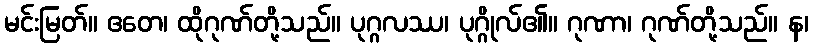
မင်းမြတ်။ ဧတေ၊ ထိုဂုဏ်တို့သည်။ ပုဂ္ဂလဿ၊ ပုဂ္ဂိုလ်၏။ ဂုဏာ၊ ဂုဏ်တို့သည်။ န၊